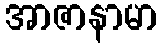
အာဇာနာမာ